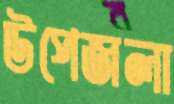
উপেজলা